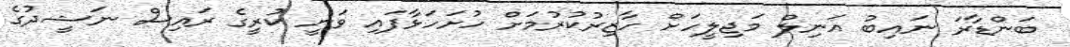
ބަންޑާރަ ނައިބު އަނިލް މަޖިލީހަށް ހާޒިރުކުރުމަށް ހުށަހަޅާފައި ވަނީ ކުރީގެ ރައިސް ނަޝީދުގެ